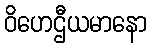
ဝိဟေဌီယမာနော